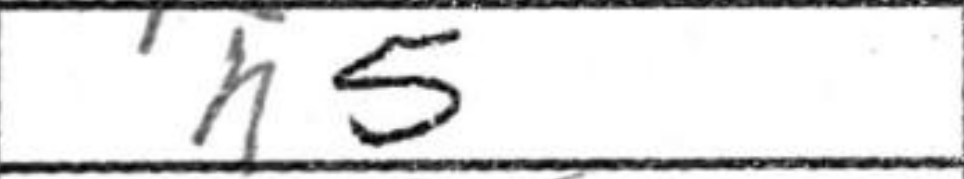
Transcription: h5